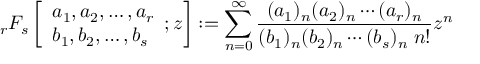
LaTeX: _ { r } F _ { s } \left[ { \begin{array} { l } { a _ { 1 } , a _ { 2 } , \dotsc , a _ { r } } \\ { b _ { 1 } , b _ { 2 } , \dotsc , b _ { s } } \end{array} } ; z \right] : = \sum _ { n = 0 } ^ { \infty } { \frac { ( a _ { 1 } ) _ { n } ( a _ { 2 } ) _ { n } \dotsb ( a _ { r } ) _ { n } } { ( b _ { 1 } ) _ { n } ( b _ { 2 } ) _ { n } \dotsb ( b _ { s } ) _ { n } \; n ! } } z ^ { n }